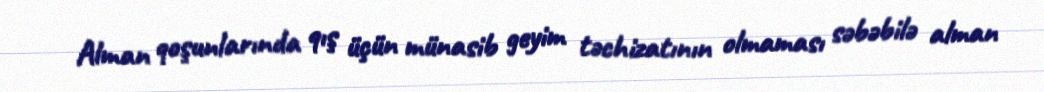
Alman qoşunlarında qış üçün münasib geyim təchizatının olmaması səbəbilə alman